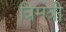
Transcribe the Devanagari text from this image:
त्रिमंत्री